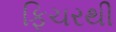
ફિચરથી